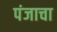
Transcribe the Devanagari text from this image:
पंजाचा